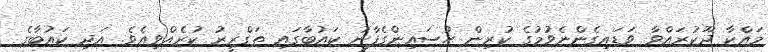
މައްކާ ދޫކުރައްވާ ވަޑައިގެންނެވުމުގެ ކުރިން ޙުސައިންގެފާނު ކައުބާގައި ތަގްރީރު ކުރެއްވިއެވެ. އަދި ކައުބާގެ